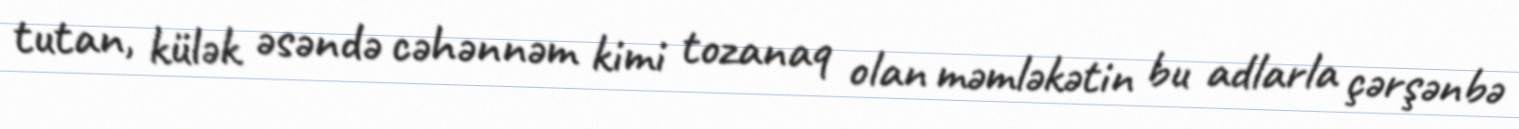
tutan, külək əsəndə cəhənnəm kimi tozanaq olan məmləkətin bu adlarla çərşənbə